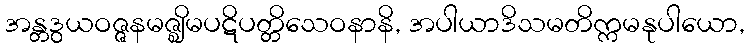
အန္တဒွယဝဇ္ဇနမဇ္ဈိမပဋိပတ္တိသေဝနာနိ, အပါယာဒိသမတိက္ကမနုပါယော,